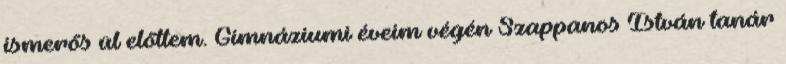
ismerős ül előttem. Gimnáziumi éveim végén Szappanos István tanár